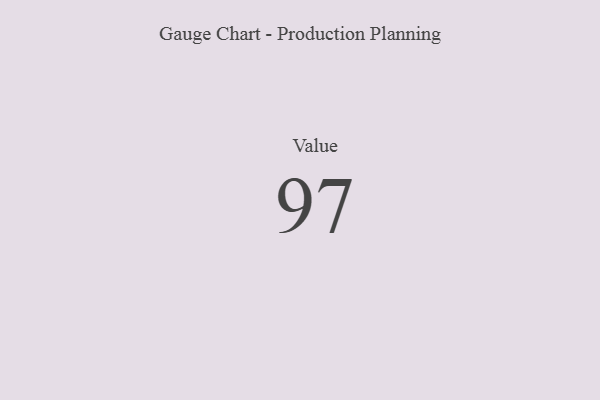
{"axis": {"x": "Metric", "y": "Value"}, "legend": [""], "data": [{"x": "Value", "y": 97, "type": ""}]}